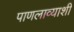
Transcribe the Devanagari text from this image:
पाणलाव्याशी